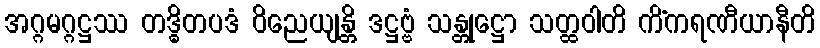
အဂ္ဂမဂ္ဂဋ္ဌဿ တဒ္ဓိတပဒံ ဝိညေယျန္တိ ဒဋ္ဌဗ္ဗံ သန္တုဋ္ဌော သတ္ထဝါတိ ကိံကရဏီယာနီတိ